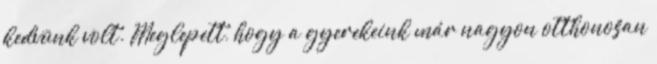
kedvünk volt. Meglepett, hogy a gyerekeink már nagyon otthonosan